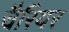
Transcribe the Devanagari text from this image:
चैरियर